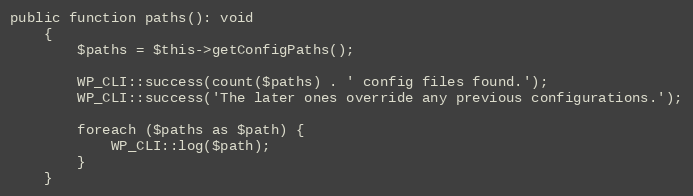
Language: PHP
public function paths(): void
    {
        $paths = $this->getConfigPaths();

        WP_CLI::success(count($paths) . ' config files found.');
        WP_CLI::success('The later ones override any previous configurations.');

        foreach ($paths as $path) {
            WP_CLI::log($path);
        }
    }